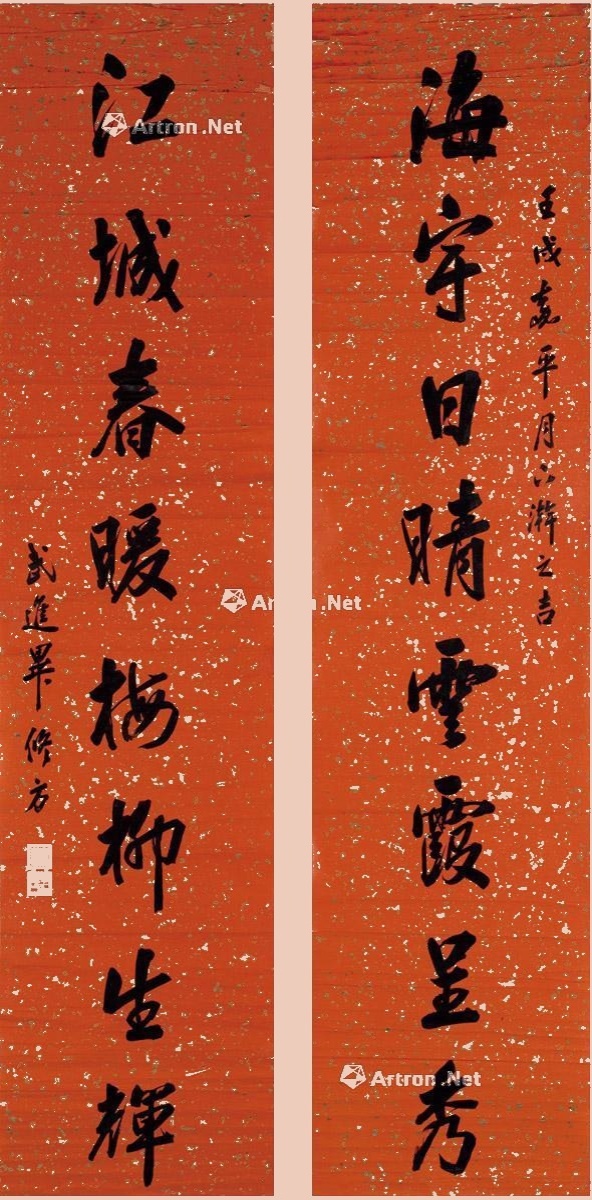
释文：海宇日晴云霞呈秀，江城春暖梅柳生辉。壬戌嘉平月下澣之吉，武进毕修方。